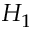
H _ { 1 }